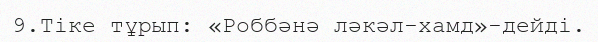
9.Тіке тұрып: «Роббәнә ләкәл-хамд»-дейді.